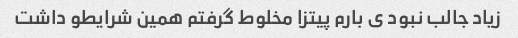
زیاد جالب نبود ی بارم پیتزا مخلوط گرفتم همین شرایطو داشت